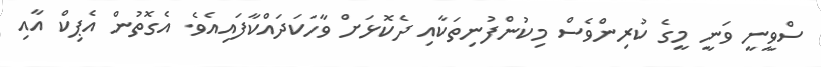
ސްވީނީ ވަނީ މީގެ ކުރިންވެސް މިކުންފުނިތަކާއި ދެކޮޅަށް ވާހަކަދައްކާފައިއެވެ. އެގޮތުން އެޕިކް އާއި